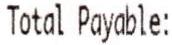
TOTAL PAYABLE: